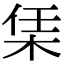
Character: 栠